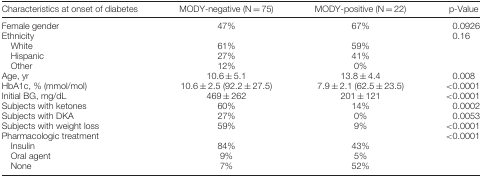
<table><thead><tr><td><b>Characteristics at onset of diabetes</b></td><td><b>MODY‐negative (N = 75)</b></td><td><b>MODY‐positive (N = 22)</b></td><td><b>p‐Value</b></td></tr></thead><tbody><tr><td>Female gender</td><td>47%</td><td>67%</td><td>0.0926</td></tr><tr><td colspan="3">Ethnicity</td><td> 0.16</td></tr><tr><td>White</td><td>61%</td><td>59%</td><td rowspan="3"></td></tr><tr><td>Hispanic</td><td>27%</td><td>41%</td></tr><tr><td>Other</td><td>12%</td><td>0%</td></tr><tr><td>Age, yr</td><td>10.6 ± 5.1</td><td>13.8 ± 4.4</td><td> 0.008</td></tr><tr><td>HbA1c, % (mmol/mol)</td><td>10.6 ± 2.5 (92.2 ± 27.5)</td><td>7.9 ± 2.1 (62.5 ± 23.5)</td><td>&lt;0.0001</td></tr><tr><td>Initial BG, mg/dL</td><td>469 ± 262</td><td>201 ± 121</td><td>&lt;0.0001</td></tr><tr><td>Subjects with ketones</td><td>60%</td><td>14%</td><td> 0.0002</td></tr><tr><td>Subjects with DKA</td><td>27%</td><td>0%</td><td> 0.0053</td></tr><tr><td>Subjects with weight loss</td><td>59%</td><td>9%</td><td>&lt;0.0001</td></tr><tr><td>Pharmacologic treatment</td><td></td><td></td><td>&lt;0.0001</td></tr><tr><td>Insulin</td><td>84%</td><td>43%</td><td></td></tr><tr><td>Oral agent</td><td>9%</td><td>5%</td><td></td></tr><tr><td>None</td><td>7%</td><td>52%</td><td></td></tr></tbody></table>